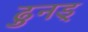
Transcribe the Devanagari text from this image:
ढुनड्